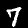
Label: 7